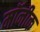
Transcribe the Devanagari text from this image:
मॉनीक